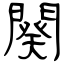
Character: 闋